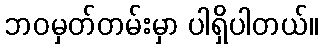
ဘဝမှတ်တမ်းမှာ ပါရှိပါတယ်။